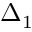
\Delta _ { 1 }